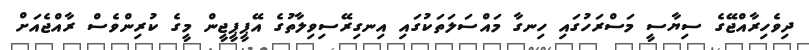
ދިވެހިރާއްޖޭގެ ސިޔާސީ މަސްރަހުގައި ހިނގާ މައްސަލަތަކުގައި އިނގިރޭސިވިލާތުގެ އޭޕީޕީޖީން މީގެ ކުރިންވެސް ރާއްޖެއަށް